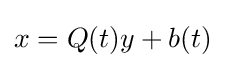
x=Q(t)y+b(t)